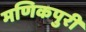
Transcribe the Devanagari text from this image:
मणिकपुरी